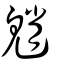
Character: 魈